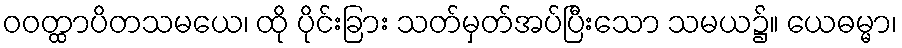
ဝဝတ္ထာပိတသမယေ၊ ထို ပိုင်းခြား သတ်မှတ်အပ်ပြီးသော သမယ၌။ ယေဓမ္မာ၊